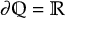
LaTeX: \partial \mathbb { Q } = \mathbb { R }